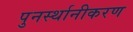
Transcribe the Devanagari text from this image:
पुनर्स्थानीकरण